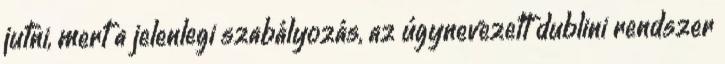
jutni, mert a jelenlegi szabályozás, az úgynevezett dublini rendszer